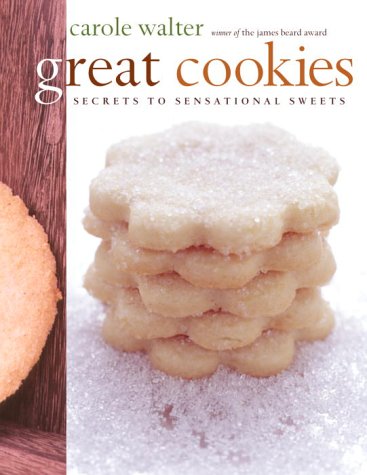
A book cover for Great Cookies: Secrets to Sensational Sweets; Carole Walter; Cookbooks, Food & Wine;